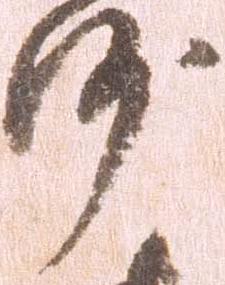
沙